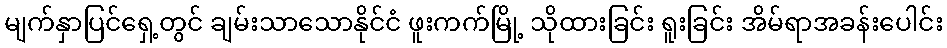
မျက်နှာပြင်ရှေ့တွင် ချမ်းသာသောနိုင်ငံ ဖူးကက်မြို့ သိုထားခြင်း ရူးခြင်း အိမ်ရာအခန်းပေါင်း